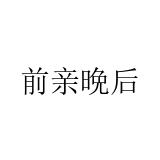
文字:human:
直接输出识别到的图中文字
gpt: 前亲晩后